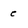
Character: e